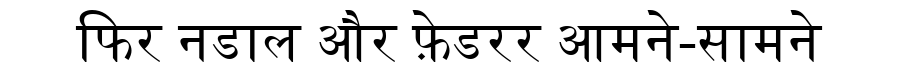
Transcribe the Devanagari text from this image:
फिर नडाल और फ़ेडरर आमने-सामने